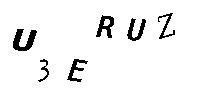
U3ERUZ